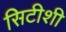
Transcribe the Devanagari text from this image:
सिटीशी